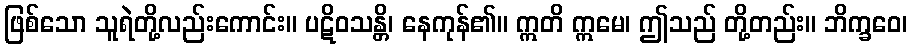
ဖြစ်သော သူရဲတို့လည်းကောင်း။ ပဋိဝသန္တိ၊ နေကုန်၏။ ဣတိ ဣမေ၊ ဤသည် တို့တည်း။ ဘိက္ခဝေ၊